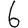
Digit: 6